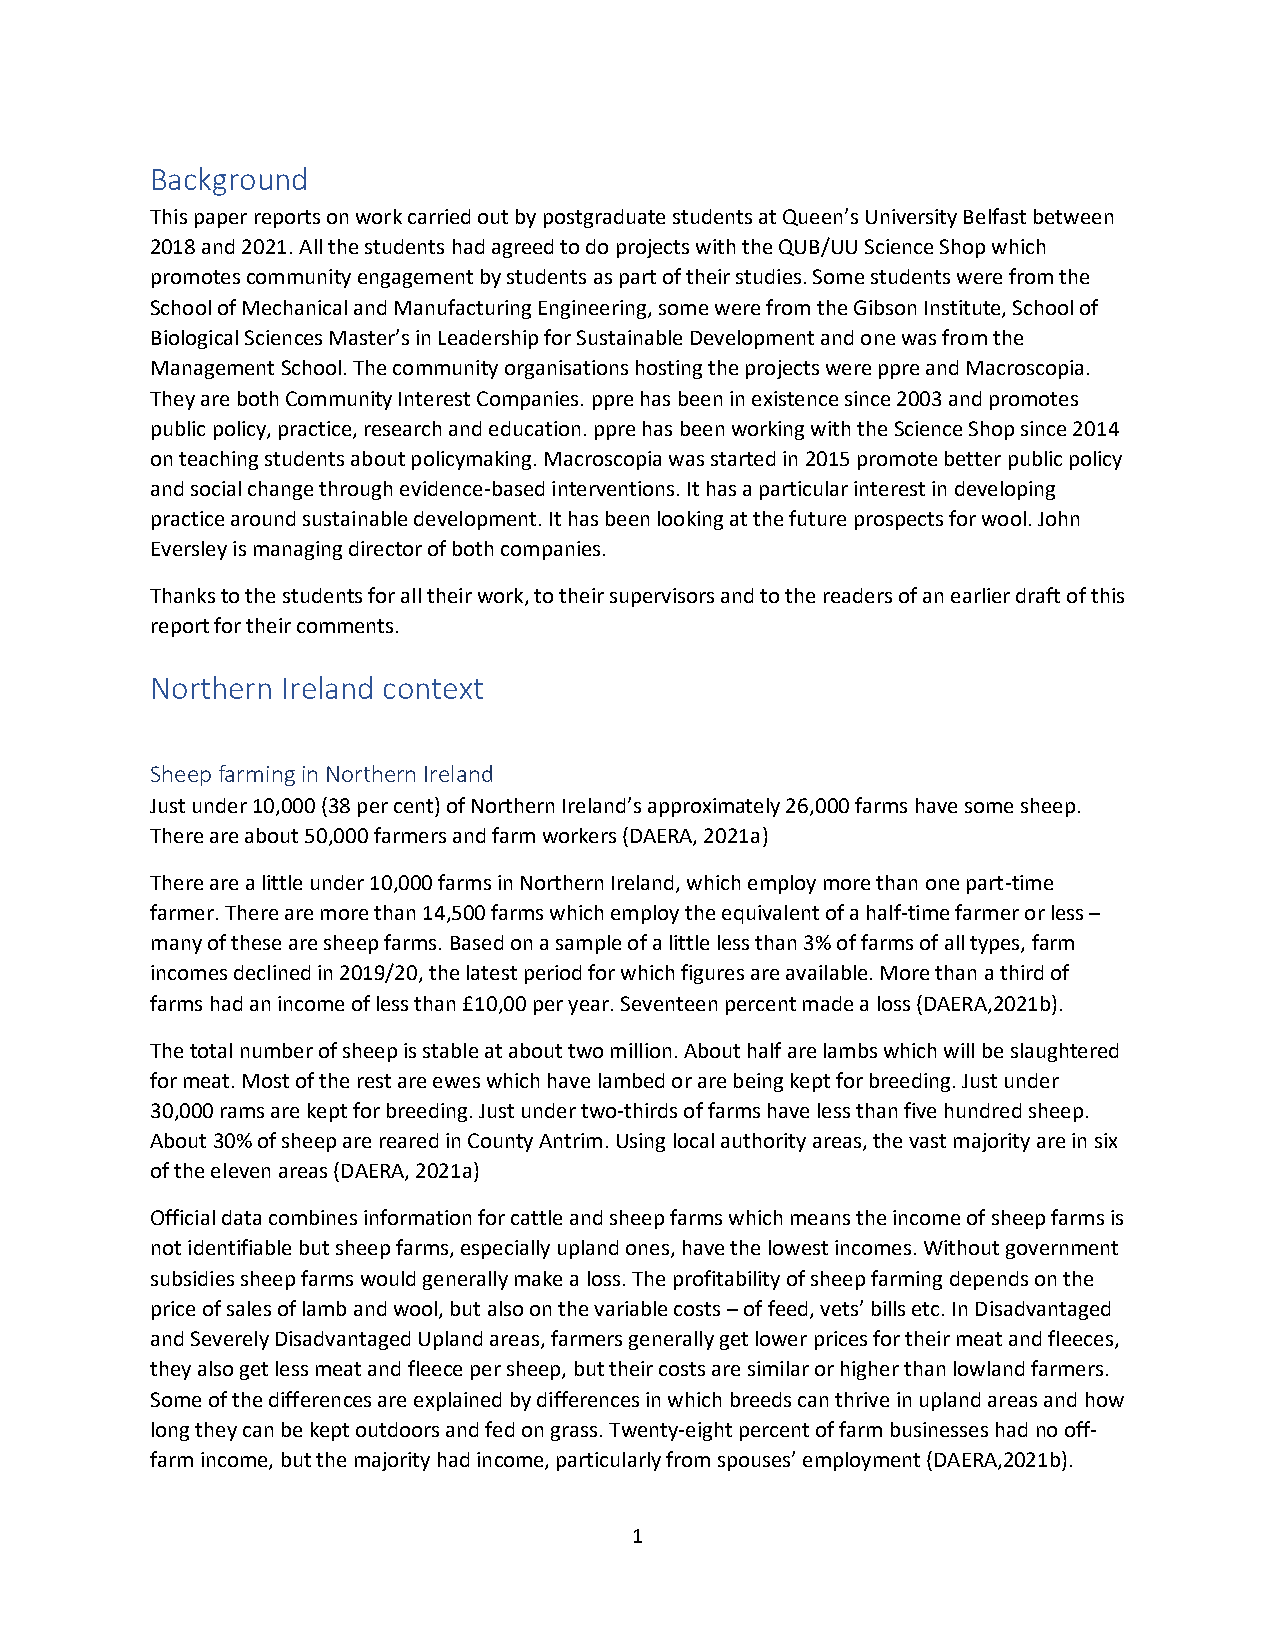
Background
 This paper reports on work carried out by postgraduate students at Queen’s University Belfast between
 2018 and 2021. All the students had agreed to do projects with the QUB/UU Science Shop which
 promotes community engagement by students as part of their studies. Some students were from the
 School of Mechanical and Manufacturing Engineering, some were from the Gibson Institute, School of
 Biological Sciences Master’s in Leadership for Sustainable Development and one was from the
 Management School. The community organisations hosting the projects were ppre and Macroscopia.
 They are both Community Interest Companies. ppre has been in existence since 2003 and promotes
 public policy, practice, research and education. ppre has been working with the Science Shop since 2014
 on teaching students about policymaking. Macroscopia was started in 2015 promote better public policy
 and social change through evidence-based interventions. It has a particular interest in developing
 practice around sustainable development. It has been looking at the future prospects for wool. John
 Eversley is managing director of both companies.
 Thanks to the students for all their work, to their supervisors and to the readers of an earlier draft of this
 report for their comments.
 Northern Ireland context
 Sheep farming in Northern Ireland
 Just under 10,000 (38 per cent) of Northern Ireland’s approximately 26,000 farms have some sheep.
 There are about 50,000 farmers and farm workers (DAERA, 2021a)
 There are a little under 10,000 farms in Northern Ireland, which employ more than one part-time
 farmer. There are more than 14,500 farms which employ the equivalent of a half-time farmer or less –
 many of these are sheep farms. Based on a sample of a little less than 3% of farms of all types, farm
 incomes declined in 2019/20, the latest period for which figures are available. More than a third of
 farms had an income of less than £10,00 per year. Seventeen percent made a loss (DAERA,2021b).
 The total number of sheep is stable at about two million. About half are lambs which will be slaughtered
 for meat. Most of the rest are ewes which have lambed or are being kept for breeding. Just under
 30,000 rams are kept for breeding. Just under two-thirds of farms have less than five hundred sheep.
 About 30% of sheep are reared in County Antrim. Using local authority areas, the vast majority are in six
 of the eleven areas (DAERA, 2021a)
 Official data combines information for cattle and sheep farms which means the income of sheep farms is
 not identifiable but sheep farms, especially upland ones, have the lowest incomes. Without government
 subsidies sheep farms would generally make a loss. The profitability of sheep farming depends on the
 price of sales of lamb and wool, but also on the variable costs – of feed, vets’ bills etc. In Disadvantaged
 and Severely Disadvantaged Upland areas, farmers generally get lower prices for their meat and fleeces,
 they also get less meat and fleece per sheep, but their costs are similar or higher than lowland farmers.
 Some of the differences are explained by differences in which breeds can thrive in upland areas and how
 long they can be kept outdoors and fed on grass. Twenty-eight percent of farm businesses had no off-
 farm income, but the majority had income, particularly from spouses’ employment (DAERA,2021b).
 1